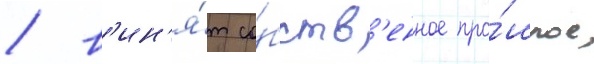
/ в'ин'я́т со́бств'енное про́шлое